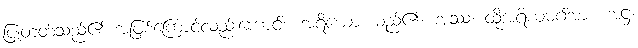
ပြုတတ်သည်၏ အဖြစ်ကြောင့်လည်းကောင်း။ အရိယော၊ မည်၏။ အဿ၊ ထိုအရိယမဂ်အား။ အဋ္ဌ၊